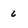
Character: 6